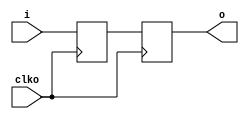
// Copyright Wenting Zhang 2024
//
// This source describes Open Hardware and is licensed under the CERN-OHL-P v2
//
// You may redistribute and modify this documentation and make products using
// it under the terms of the CERN-OHL-P v2 (https:/cern.ch/cern-ohl). This
// documentation is distributed WITHOUT ANY EXPRESS OR IMPLIED WARRANTY,
// INCLUDING OF MERCHANTABILITY, SATISFACTORY QUALITY AND FITNESS FOR A
// PARTICULAR PURPOSE. Please see the CERN-OHL-P v2 for applicable conditions
//
// dff_sync.v
// Generic DFF chain synchronizer
`timescale 1ns / 1ps
module dff_sync(
    input wire i,
    input wire clko,
    output wire o
    );

    reg sync_dff_1, sync_dff_2;
    always @(posedge clko) begin
        sync_dff_1 <= i;
        sync_dff_2 <= sync_dff_1;
    end
    assign o = sync_dff_2;;

endmodule